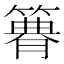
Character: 𥳫